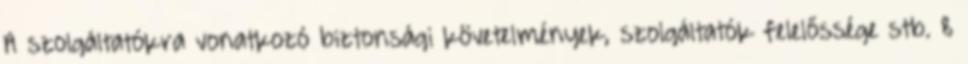
A szolgáltatókra vonatkozó biztonsági követelmények, szolgáltatók felelőssége stb. 8